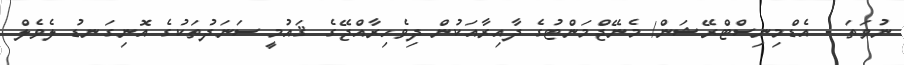
ނުވަތަ - އެޑްމިނިސްޓްރޭޝަން/ މެނޭޖްމަންޓުގެ ދާއިރާއަކުން ދިވެހިރާއްޖޭގެ ޤައުމީ ސަނަދުތަކުގެ އޮނިގަނޑު ލެވެލް